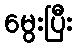
မွေးပြီး